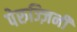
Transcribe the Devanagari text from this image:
पेरुज्ज़िनी